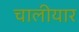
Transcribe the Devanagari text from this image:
चालीयार